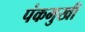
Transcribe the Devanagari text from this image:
पंकमुखी